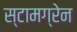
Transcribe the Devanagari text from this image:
स्टामग्रेन